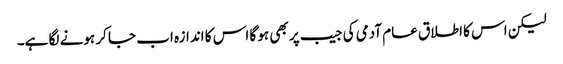
لیکن اس کا اطلاق عام آدمی کی جیب پر بھی ہو گا اس کا اندازہ اب جا کر ہونے لگا ہے۔